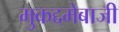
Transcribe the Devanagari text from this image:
मुकद्दमेबाजी